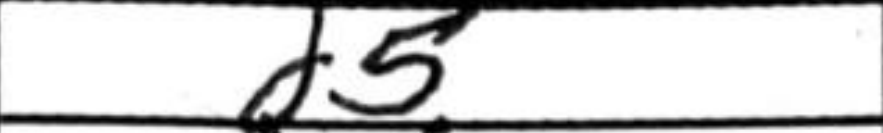
Transcription: d5